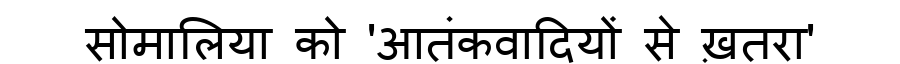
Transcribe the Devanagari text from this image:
सोमालिया को 'आतंकवादियों से ख़तरा'